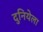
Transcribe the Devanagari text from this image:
दुनियेला